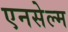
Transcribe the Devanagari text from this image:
एनसेल्म